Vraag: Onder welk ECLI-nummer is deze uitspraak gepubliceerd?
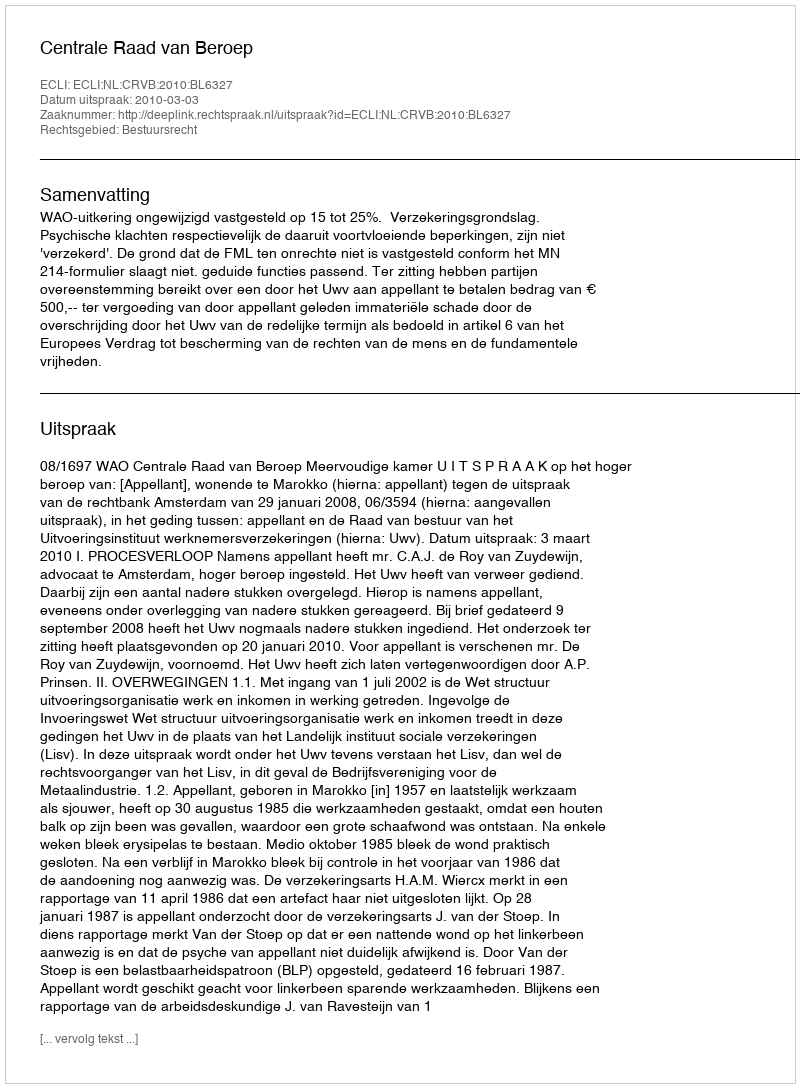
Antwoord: ECLI:NL:CRVB:2010:BL6327